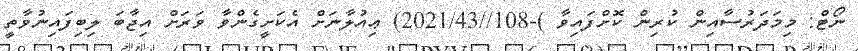
ނޯޓް: މިމަދަރުސާއިން ކުރިން ކޮށްފައިވާ )-108//2021/43) ޢިއުލާނަށް އެކަށީގެންވާ ވަރަށް އިޖާބަ ލިބިފައިނުވާތީ